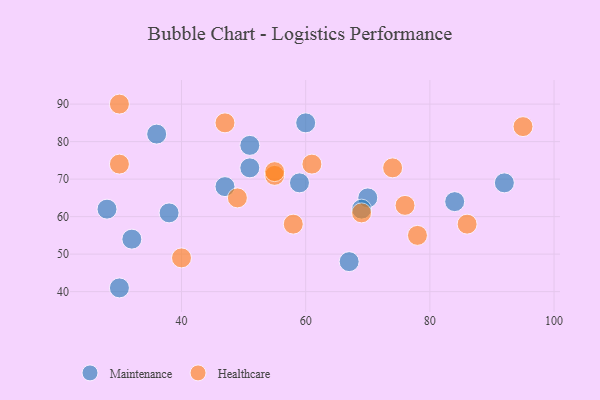
{"axis": {"x": "GDP", "y": "Life Expectancy"}, "legend": ["Healthcare", "Maintenance"], "data": [{"x": "36", "y": 82, "type": "Maintenance"}, {"x": "67", "y": 48, "type": "Maintenance"}, {"x": "28", "y": 62, "type": "Maintenance"}, {"x": "84", "y": 64, "type": "Maintenance"}, {"x": "92", "y": 69, "type": "Maintenance"}, {"x": "59", "y": 69, "type": "Maintenance"}, {"x": "70", "y": 65, "type": "Maintenance"}, {"x": "69", "y": 62, "type": "Maintenance"}, {"x": "32", "y": 54, "type": "Maintenance"}, {"x": "60", "y": 85, "type": "Maintenance"}, {"x": "30", "y": 41, "type": "Maintenance"}, {"x": "47", "y": 68, "type": "Maintenance"}, {"x": "38", "y": 61, "type": "Maintenance"}, {"x": "51", "y": 79, "type": "Maintenance"}, {"x": "51", "y": 73, "type": "Maintenance"}, {"x": "76", "y": 63, "type": "Healthcare"}, {"x": "40", "y": 49, "type": "Healthcare"}, {"x": "49", "y": 65, "type": "Healthcare"}, {"x": "47", "y": 85, "type": "Healthcare"}, {"x": "95", "y": 84, "type": "Healthcare"}, {"x": "30", "y": 90, "type": "Healthcare"}, {"x": "58", "y": 58, "type": "Healthcare"}, {"x": "86", "y": 58, "type": "Healthcare"}, {"x": "55", "y": 71, "type": "Healthcare"}, {"x": "78", "y": 55, "type": "Healthcare"}, {"x": "30", "y": 74, "type": "Healthcare"}, {"x": "61", "y": 74, "type": "Healthcare"}, {"x": "74", "y": 73, "type": "Healthcare"}, {"x": "69", "y": 61, "type": "Healthcare"}, {"x": "55", "y": 72, "type": "Healthcare"}]}